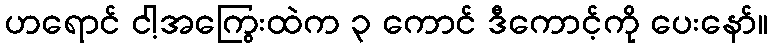
ဟရောင် ငါ့အကြွေးထဲက ၃ ကောင် ဒီကောင့်ကို ပေးနော်။